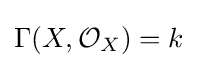
\Gamma (X,{\mathcal {O}}_{X})=k